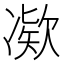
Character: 𫥗